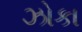
ઝોકા